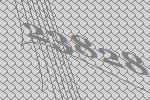
23828